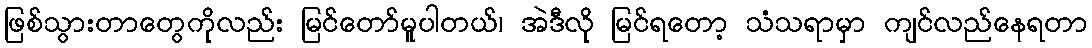
ဖြစ်သွားတာတွေကိုလည်း မြင်တော်မူပါတယ်၊ အဲဒီလို မြင်ရတော့ သံသရာမှာ ကျင်လည်နေရတာ